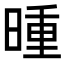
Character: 𬁇